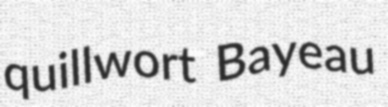
quillwort Bayeau